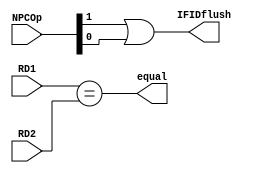
module branch (
	RD1, RD2, NPCOp, equal, IFIDflush
);

     input  [31:0]  RD1;
     input  [31:0]  RD2;
     input  [0:1]   NPCOp;

     output         equal;
     output         IFIDflush;

     assign equal = (RD1 == RD2);
     assign IFIDflush = NPCOp[0] | NPCOp[1];


endmodule